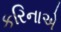
કરિનાએ